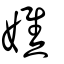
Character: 嫶